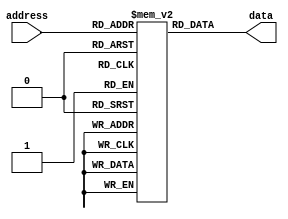
module rom #(parameter ADDRESS_WIDTH = 8, parameter DATA_WIDTH = 8)(
    input wire [ADDRESS_WIDTH-1:0] address,
    output reg [DATA_WIDTH-1:0] data
);

reg [DATA_WIDTH-1:0] rom_data [2**ADDRESS_WIDTH-1:0];

initial begin
    // Initialize ROM data here
    // Example:
    // rom_data[0] = 8'b00000000;
    // rom_data[1] = 8'b00000001;
    // ...
end

always @*
    data = rom_data[address];

endmodule